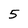
Character: 5